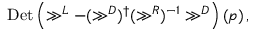
\mathrm { D e t } \left( \gg ^ { L } - ( \gg ^ { D } ) ^ { \dagger } ( \gg ^ { R } ) ^ { - 1 } \gg ^ { D } \right) ( p ) \, ,